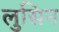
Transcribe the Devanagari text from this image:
लुसिन